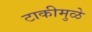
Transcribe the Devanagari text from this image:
टाकीमुळे